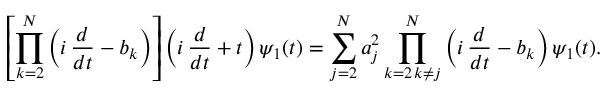
\left[ \prod _ { k = 2 } ^ { N } \left( i \, \frac { d } { d t } - b _ { k } \right) \right] \left( i \, \frac { d } { d t } + t \right) \psi _ { 1 } ( t ) = \sum _ { j = 2 } ^ { N } a _ { j } ^ { 2 } \prod _ { \substack { k = 2 \, k \ne j } } ^ { N } \left( i \, \frac { d } { d t } - b _ { k } \right) \psi _ { 1 } ( t ) .